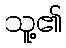
သူ့၏